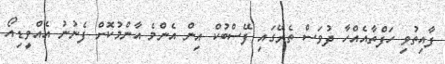
ފާއިތުވި ހަފްތާއެއްހާ ދުވަސް ތެރޭގައި ފޭސްބުކް އިން އެންމެ އާންމުކޮށް ފެނުނު އެއްވީޑިއޯ